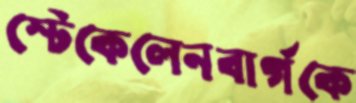
স্টেকেলেনবার্গকে